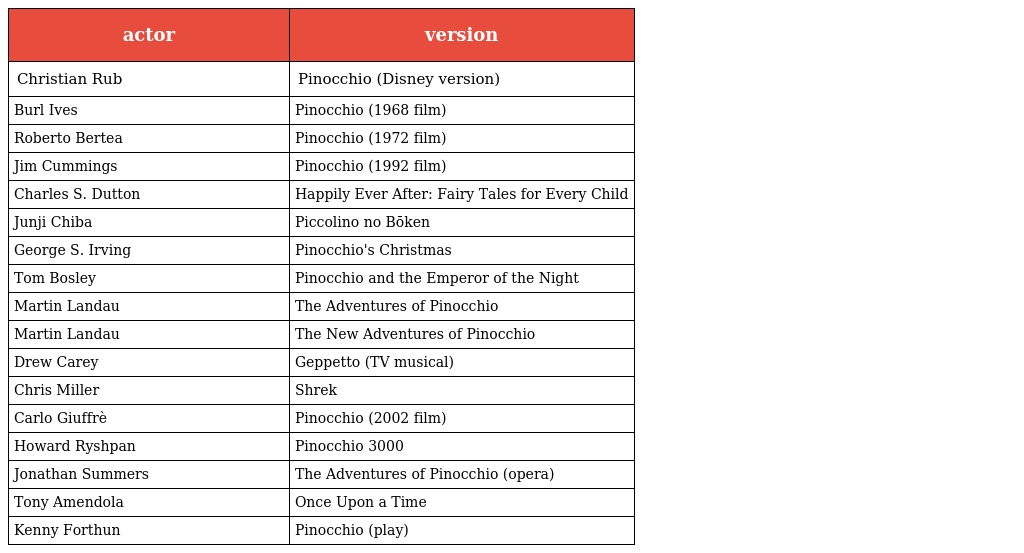
| actor | version |
 | --- | --- |
 | Christian Rub | Pinocchio (Disney version) |
 | Burl Ives | Pinocchio (1968 film) |
 | Roberto Bertea | Pinocchio (1972 film) |
 | Jim Cummings | Pinocchio (1992 film) |
 | Charles S. Dutton | Happily Ever After: Fairy Tales for Every Child |
 | Junji Chiba | Piccolino no Bōken |
 | George S. Irving | Pinocchio's Christmas |
 | Tom Bosley | Pinocchio and the Emperor of the Night |
 | Martin Landau | The Adventures of Pinocchio |
 | Martin Landau | The New Adventures of Pinocchio |
 | Drew Carey | Geppetto (TV musical) |
 | Chris Miller | Shrek |
 | Carlo Giuffrè | Pinocchio (2002 film) |
 | Howard Ryshpan | Pinocchio 3000 |
 | Jonathan Summers | The Adventures of Pinocchio (opera) |
 | Tony Amendola | Once Upon a Time |
 | Kenny Forthun | Pinocchio (play) |